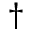
\dagger